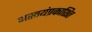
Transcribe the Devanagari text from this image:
अस्वयंप्रकाशित